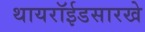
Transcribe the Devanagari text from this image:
थायरॉईडसारखे